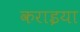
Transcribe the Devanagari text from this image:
कराइया